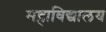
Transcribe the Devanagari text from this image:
महाविद्यालय